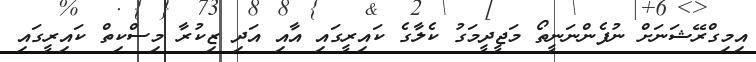
އިމިގްރޭޝަނަށް ނުފެންނަނީތޯ މަޖީދީމަގު ކެލާގެ ކައިރީގައި އާއި އަދި ޒިކުރާ މިސްކިތް ކައިރީގައި